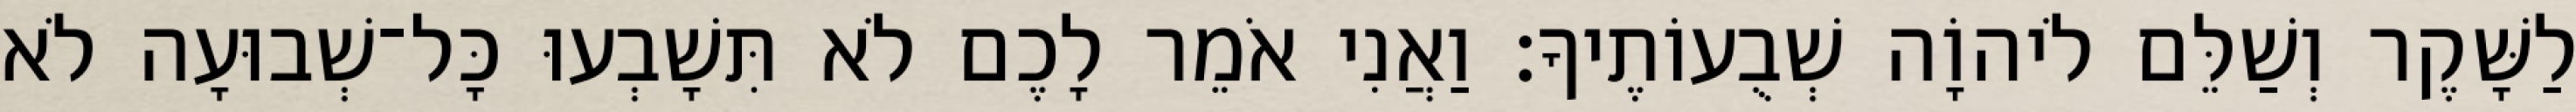
לַשָּׁקֶר וְשַׁלֵּם לֹיהוָֹה שְׁבֻעוֹתֶיךָ׃ וַאֲנִי אֹמֵר לָכֶם לֹא תִּשָׁבְעוּ כָּל־שְׁבוּעָה לֹא